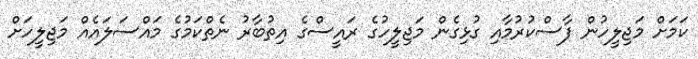
ކަމަށް މަޖިލީހުން ފާސްކުރުމާއި ގުޅިގެން މަޖިލީހުގެ ރައީސްގެ އިތުބާރު ނެތްކަމުގެ މައްސަލައެއް މަޖިލީހަށް